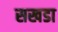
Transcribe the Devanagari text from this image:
सखडा